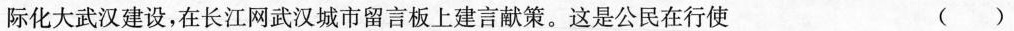
际化大武汉建设，在长江网武汉城市留言板上建言献策。这是公民在行使 ()